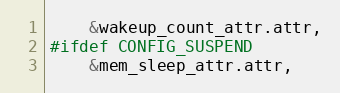
Language: C
	&wakeup_count_attr.attr,
#ifdef CONFIG_SUSPEND
	&mem_sleep_attr.attr,